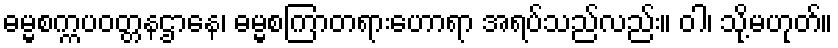
ဓမ္မစက္ကပဝတ္တနဌာနေ၊ ဓမ္မစကြာတရားဟောရာ အရပ်သည်လည်း။ ဝါ၊ သို့မဟုတ်။